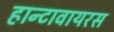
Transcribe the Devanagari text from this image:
हान्टावायरस